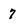
Character: 7